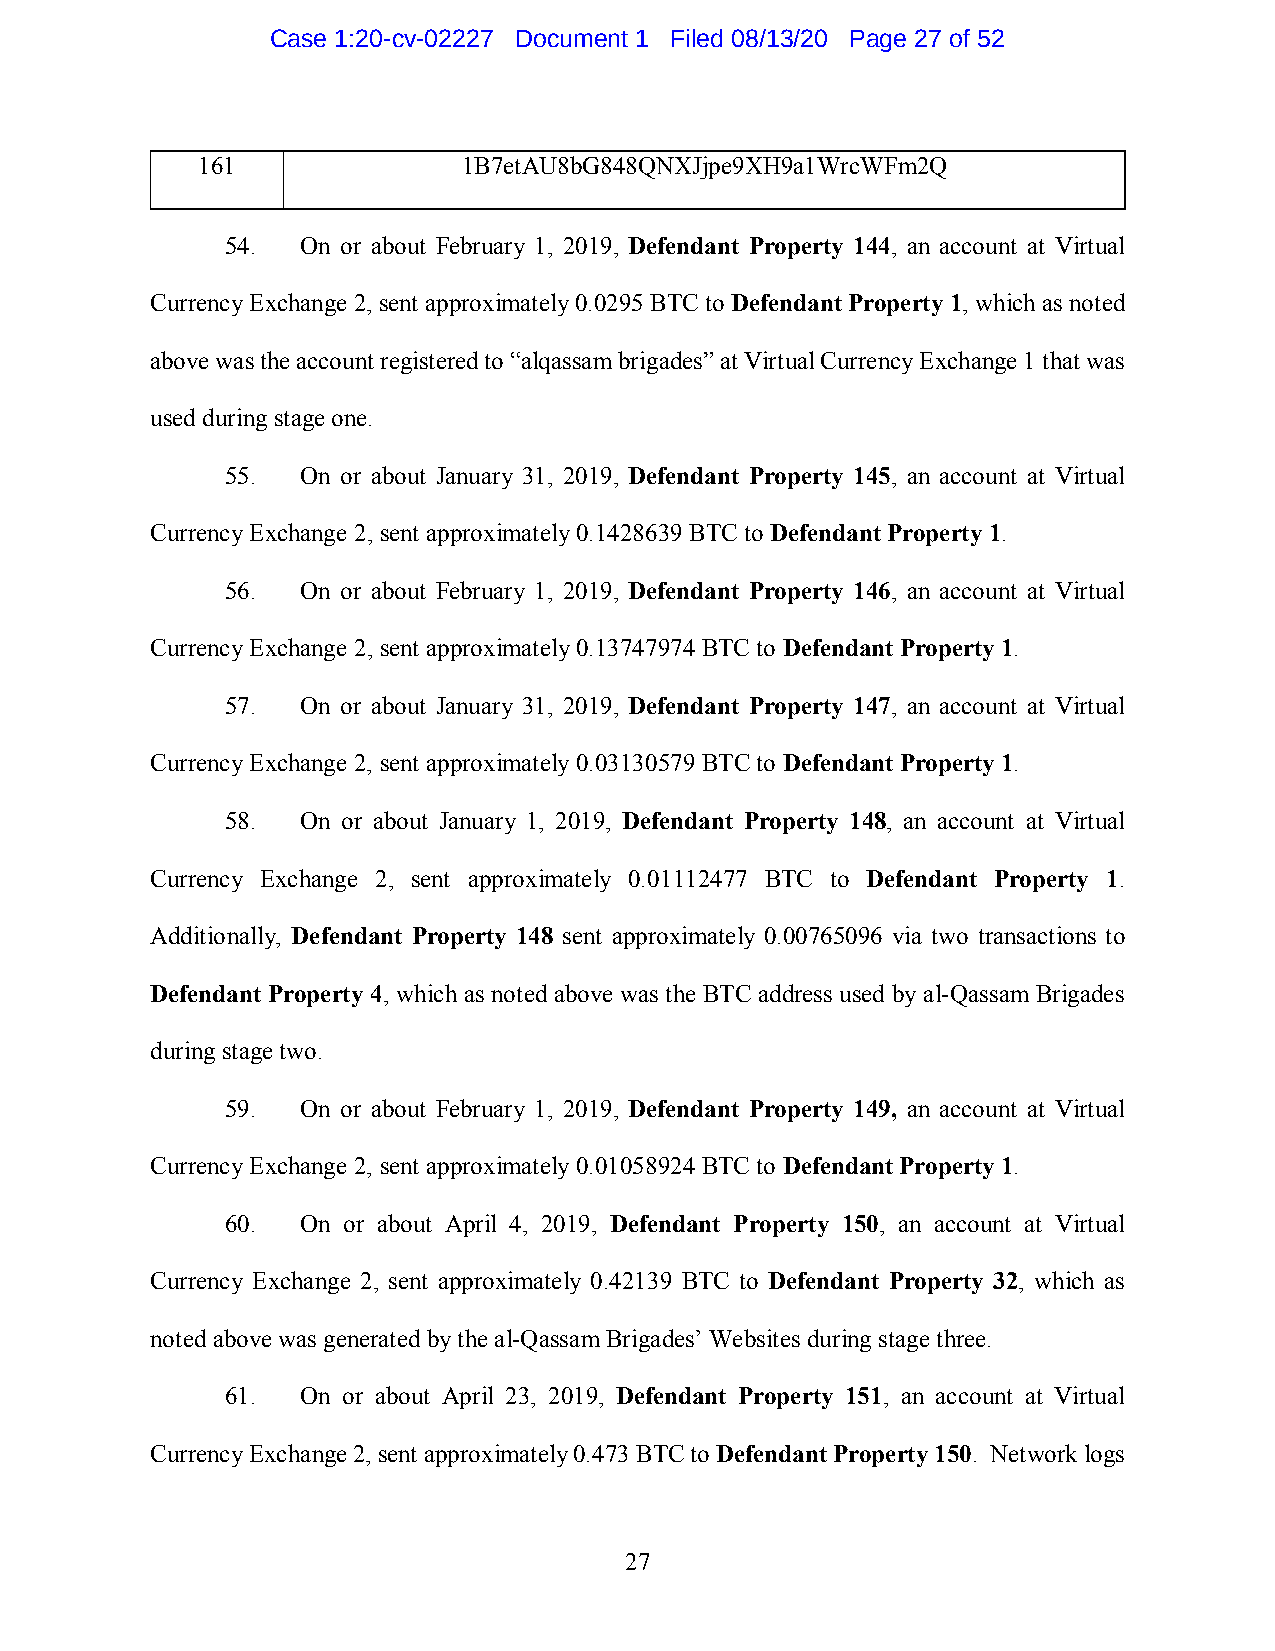
Case 1:20-cv-02227 Document 1 Filed 08/13/20 Page 27 of 52
 161               1B7etAU8bG848QNXJjpe9XH9a1WrcWFm2Q
 54.  On or about February 1, 2019, Defendant Property 144, an account at Virtual
 Currency Exchange 2, sent approximately 0.0295 BTC to Defendant Property 1, which as noted
 above was the account registered to “alqassam brigades” at Virtual Currency Exchange 1 that was
 used during stage one.
 55.  On or about January 31, 2019, Defendant Property 145, an account at Virtual
 Currency Exchange 2, sent approximately 0.1428639 BTC to Defendant Property 1.
 56.  On or about February 1, 2019, Defendant Property 146, an account at Virtual
 Currency Exchange 2, sent approximately 0.13747974 BTC to Defendant Property 1.
 57.  On or about January 31, 2019, Defendant Property 147, an account at Virtual
 Currency Exchange 2, sent approximately 0.03130579 BTC to Defendant Property 1.
 58.  On or about January 1, 2019, Defendant Property 148, an account at Virtual
 Currency Exchange 2, sent approximately 0.01112477 BTC to Defendant Property 1.
 Additionally, Defendant Property 148 sent approximately 0.00765096 via two transactions to
 Defendant Property 4, which as noted above was the BTC address used by al-Qassam Brigades
 during stage two.
 59.  On or about February 1, 2019, Defendant Property 149, an account at Virtual
 Currency Exchange 2, sent approximately 0.01058924 BTC to Defendant Property 1.
 60.  On or about April 4, 2019, Defendant Property 150, an account at Virtual
 Currency Exchange 2, sent approximately 0.42139 BTC to Defendant Property 32, which as
 noted above was generated by the al-Qassam Brigades’ Websites during stage three.
 61.  On or about April 23, 2019, Defendant Property 151, an account at Virtual
 Currency Exchange 2, sent approximately 0.473 BTC to Defendant Property 150. Network logs
 27